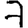
Digit: 7